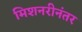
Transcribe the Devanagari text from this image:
मिशनरीनंतर